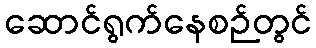
ဆောင်ရွက်နေစဉ်တွင်